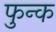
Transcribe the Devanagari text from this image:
फुन्क